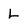
Character: L